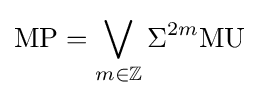
{\text{MP}}=\bigvee _{m\in \mathbb {Z} }\Sigma ^{2m}{\text{MU}}